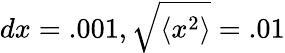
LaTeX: dx=.001,\sqrt{\langle x^{2}\rangle}=.01